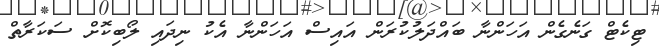
ޓިކެޓް ގަނެގެން އަހަންނާ ބައްދަލުކުރަން އައިސް އަހަންނާ އެކު ނިދައި ލޯބިކޮށް ސަކަރާތް